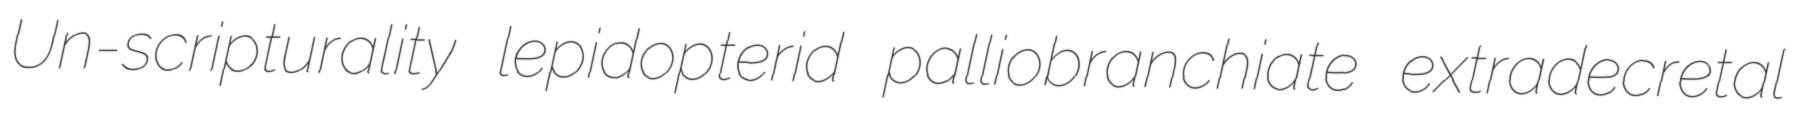
Un-scripturality lepidopterid palliobranchiate extradecretal